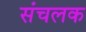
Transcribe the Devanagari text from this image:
संचलक